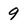
Character: 9